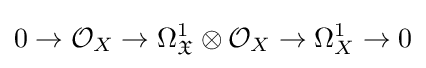
0\to {\mathcal {O}}_{X}\to \Omega _{\mathfrak {X}}^{1}\otimes {\mathcal {O}}_{X}\to \Omega _{X}^{1}\to 0